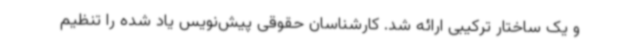
و یک ساختار ترکیبی ارائه شد. کارشناسان حقوقی پیش‌نویس یاد شده را تنظیم